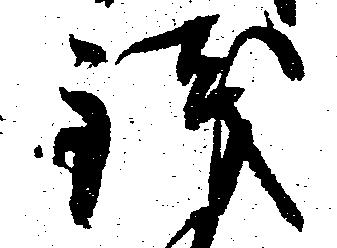
銭